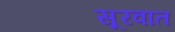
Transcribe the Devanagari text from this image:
सूरवात